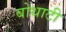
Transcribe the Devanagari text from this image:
बोथाटी